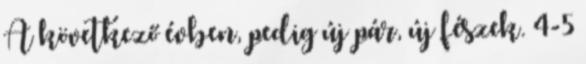
A következő évben, pedig új pár, új fészek. 4-5